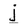
Character: j